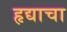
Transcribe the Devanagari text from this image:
हृद्याचा